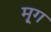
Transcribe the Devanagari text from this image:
मृ्ग